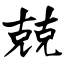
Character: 兢